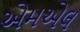
એમએલ